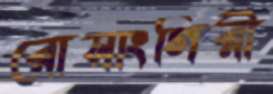
রোসাংগিরী